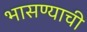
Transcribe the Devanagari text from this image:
भासण्याची